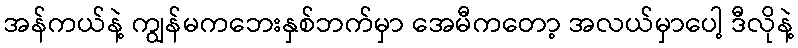
အန်ကယ်နဲ့ ကျွန်မကဘေးနှစ်ဘက်မှာ အေမီကတော့ အလယ်မှာပေါ့ ဒီလိုနဲ့